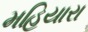
મહિયારા